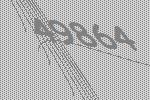
49864